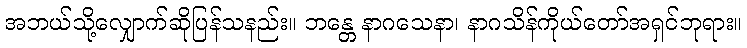
အဘယ်သို့လျှောက်ဆိုပြန်သနည်း။ ဘန္တေ နာဂသေနာ၊ နာဂသိန်ကိုယ်တော်အရှင်ဘုရား။